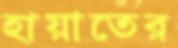
হায়াতের